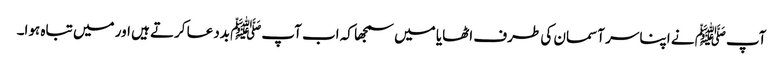
آپﷺ نے اپنا سر آسمان کی طرف اٹھایا میں سمجھا کہ اب آپﷺ بددعا کرتے ہیں اور میں تباہ ہوا۔